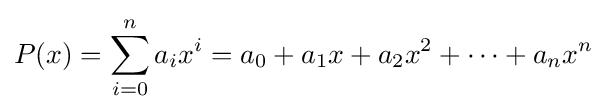
P(x)=\sum _{i=0}^{n}{a_{i}x^{i}}=a_{0}+a_{1}x+a_{2}x^{2}+\cdots +a_{n}x^{n}